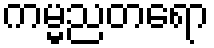
ကမ္မညတရော